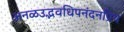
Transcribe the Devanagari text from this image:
अनळउद्भवधिपनंदनप्रिय